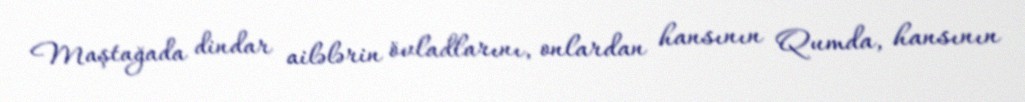
Maştağada dindar ailələrin övladlarını, onlardan hansının Qumda, hansının